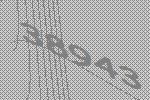
38943